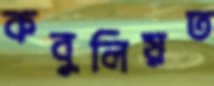
কবুলিয়ত